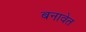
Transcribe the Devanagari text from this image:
बनावेत